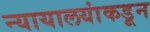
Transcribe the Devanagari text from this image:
न्यायालयांकडून